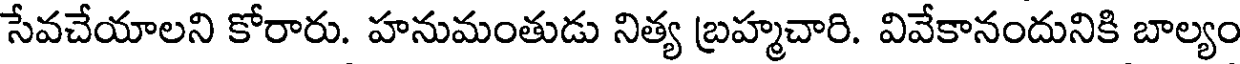
సేవచేయాలని కోరారు. హనుమంతుడు నిత్య బ్రహ్మచారి. వివేకానందునికి బాల్యం